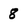
Character: 8